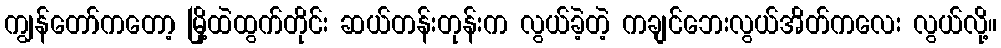
ကျွန်တော်ကတော့ မြို့ထဲထွက်တိုင်း ဆယ်တန်းတုန်းက လွယ်ခဲ့တဲ့ ကချင်ဘေးလွယ်အိတ်ကလေး လွယ်လို့။